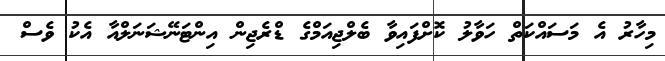
މިހާރު އެ މަސައްކަތް ހަވާލު ކޮށްފައިވާ ބެލްޖިއަމްގެ ޑްރެޖިން އިންޓަނޭޝަނަލްއާ އެކު ވެސް